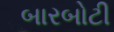
બારબોટી